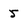
Character: 5